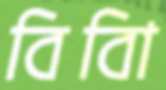
বিবিা